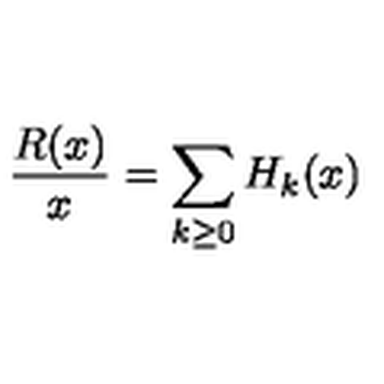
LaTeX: \frac { R ( x ) } { x } = \sum _ { k \ge 0 } H _ { k } ( x )